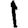
Digit: 1